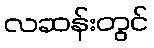
လဆန်းတွင်